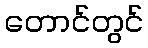
တောင်တွင်